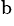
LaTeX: ^\mathrm{b}